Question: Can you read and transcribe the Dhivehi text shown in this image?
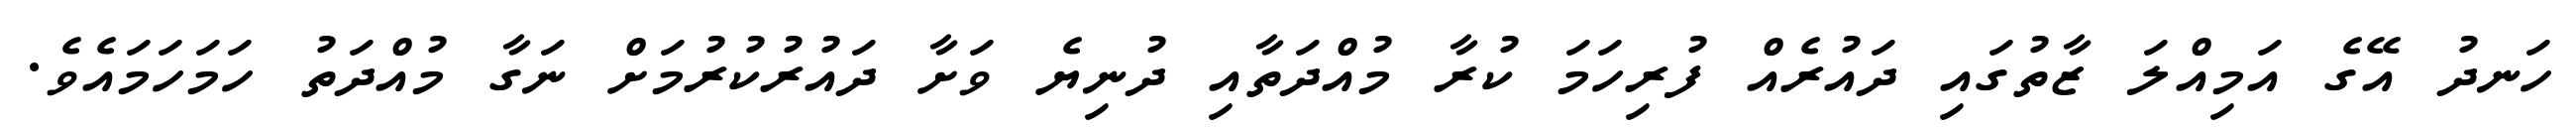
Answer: ހަނދު އޭގެ އަމިއްލަ ޒާތުގައި ދައުރެއް ފުރިހަމަ ކުރާ މުއްދަތާއި ދުނިޔެ ވަށާ ދައުރުކުރުމަށް ނަގާ މުއްދަތު ހަމަހަމައެވެ.